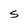
Character: S